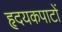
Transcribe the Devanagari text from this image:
हृदयकपाटों